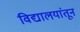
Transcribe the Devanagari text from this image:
विद्यालयांतून